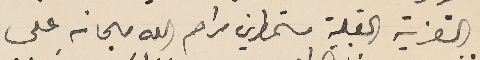
التعزية القبلية مستمطرين مراحم الله مجانه على